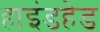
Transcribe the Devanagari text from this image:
हाइंडहेड